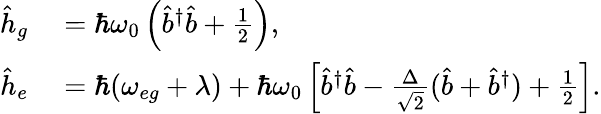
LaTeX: \begin{array}{rl}{\hat{h}_{g}}&{{}=\hbar\omega_{0}\left(\hat{b}^{\dagger}\hat{b}+\frac{1}{2}\right),}\\ {\hat{h}_{e}}&{{}=\hbar(\omega_{eg}+\lambda)+\hbar\omega_{0}\left[\hat{b}^{\dagger}\hat{b}-\frac{\Delta}{\sqrt{2}}(\hat{b}+\hat{b}^{\dagger})+\frac{1}{2}\right].}\end{array}